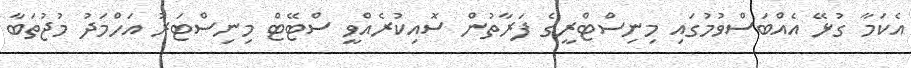
އެކަމާ ގުޅޭ އެއްބަސްވުމުގައި މިނިސްޓްރީގެ ފަރާތުން ސޮއިކުރެއްވީ ސްޓޭޓް މިނިސްޓަރު އަހްމަދު މުޖުތަބާ